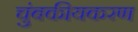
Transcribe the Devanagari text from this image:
चुंबकीयकरण